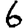
Digit: 6